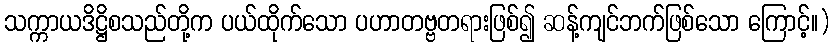
သက္ကာယဒိဋ္ဌိစသည်တို့က ပယ်ထိုက်သော ပဟာတဗ္ဗတရားဖြစ်၍ ဆန့်ကျင်ဘက်ဖြစ်သော ကြောင့်။)